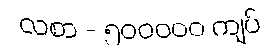
လစာ - ၅၀၀၀၀၀ ကျပ်